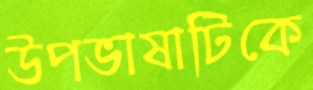
উপভাষাটিকে